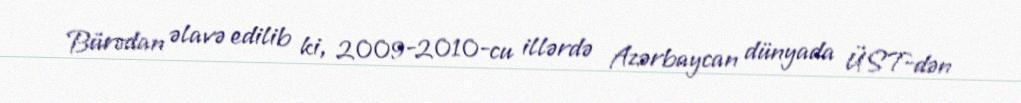
Bürodan əlavə edilib ki, 2009-2010-cu illərdə Azərbaycan dünyada ÜST-dən